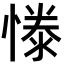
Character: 𢟱